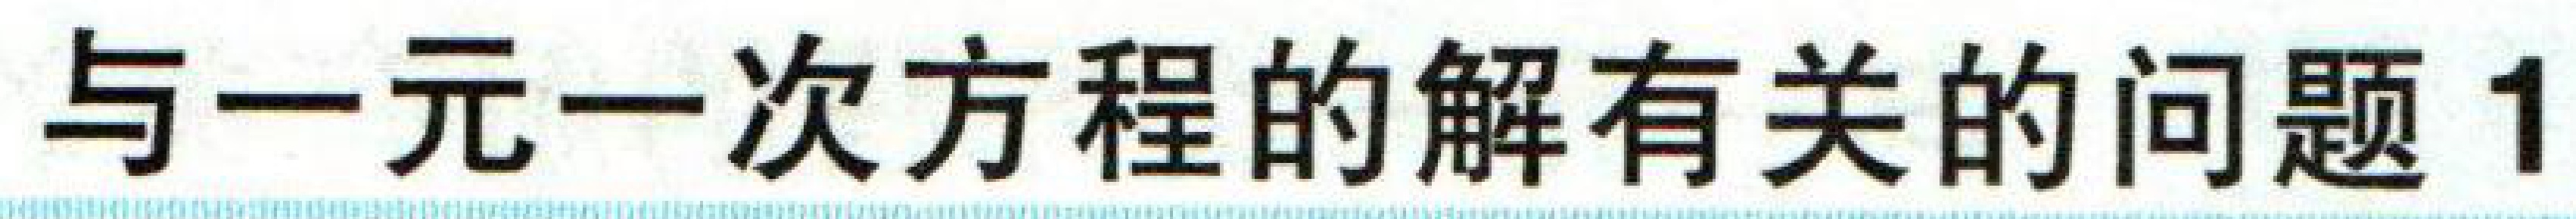
与一元一次方程的解有关的问题 1